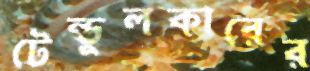
টেন্ডুলকারের